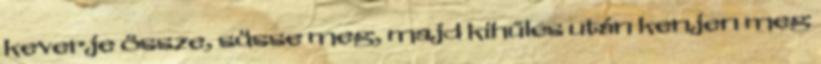
keverje össze, süsse meg, majd kihűlés után kenjen meg